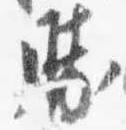
勝